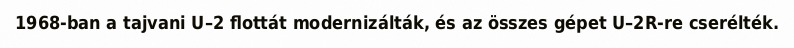
1968-ban a tajvani U–2 flottát modernizálták, és az összes gépet U–2R-re cserélték.